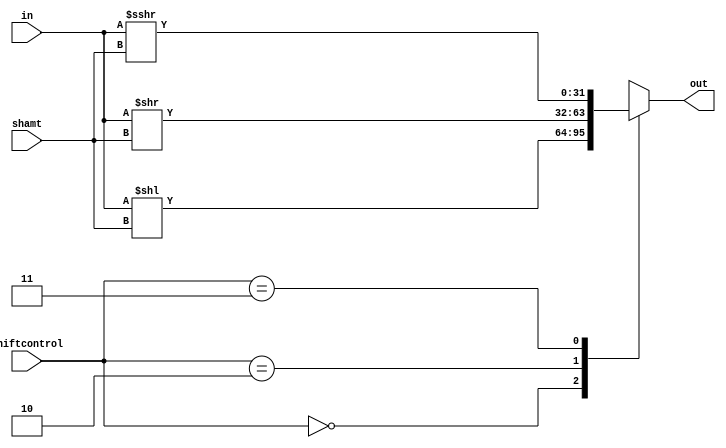
module shift_operator(
							 input [31:0] in,
							 input [4:0] shamt,
							 input [1:0] shiftcontrol,
							 output reg [31:0] out
							 );

	always@(*)
		case(shiftcontrol)
			2'b00: out <= in << shamt;
			2'b10: out <= in >> shamt;
			2'b11: out <= $signed(in) >>> shamt;
			default: out <= 32'bx;
		endcase
endmodule